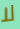
لا